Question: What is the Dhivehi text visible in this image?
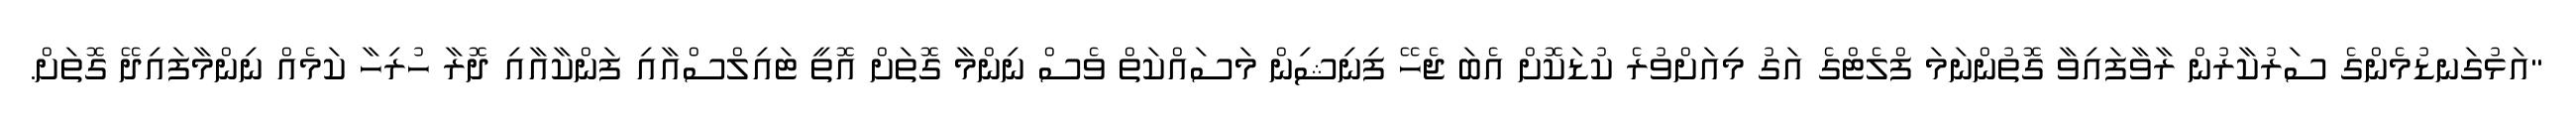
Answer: "އަޅުގަނޑުމެންގެ ސަރުކާރުން ރާވާފައިވާ ގޮތުންނަމަ ފްލެޓްގެ އަގު މިއަށްވުރެ ކުޑަކޮށް އެބަ ޖެހޭ ފިނިޝިން މަސައްކަތް ވެސް ނިންމާ ގޮތަށް އޮތީ ޓައިލްސްއާއި ފަންކާއާއި ދޮރާ ހުރިހާ ކަމެއް ނިންމާފައިދޭ ގޮތަށް.